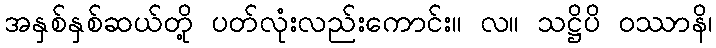
အနှစ်နှစ်ဆယ်တို့ ပတ်လုံးလည်းကောင်း။ လ။ သဋ္ဌိပိ ဝဿာနိ၊